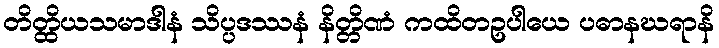
တိတ္ထိယသမာဒါနံ သိပ္ပဒဿနံ နိတ္တိဏံ ကထိတဥပါယေ ပဓာနဃရာနိ